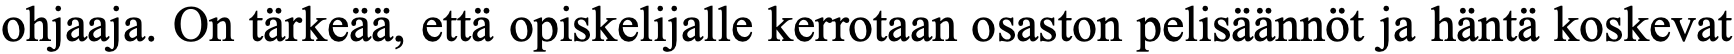
ohjaaja. On tärkeää, että opiskelijalle kerrotaan osaston pelisäännöt ja häntä koskevat